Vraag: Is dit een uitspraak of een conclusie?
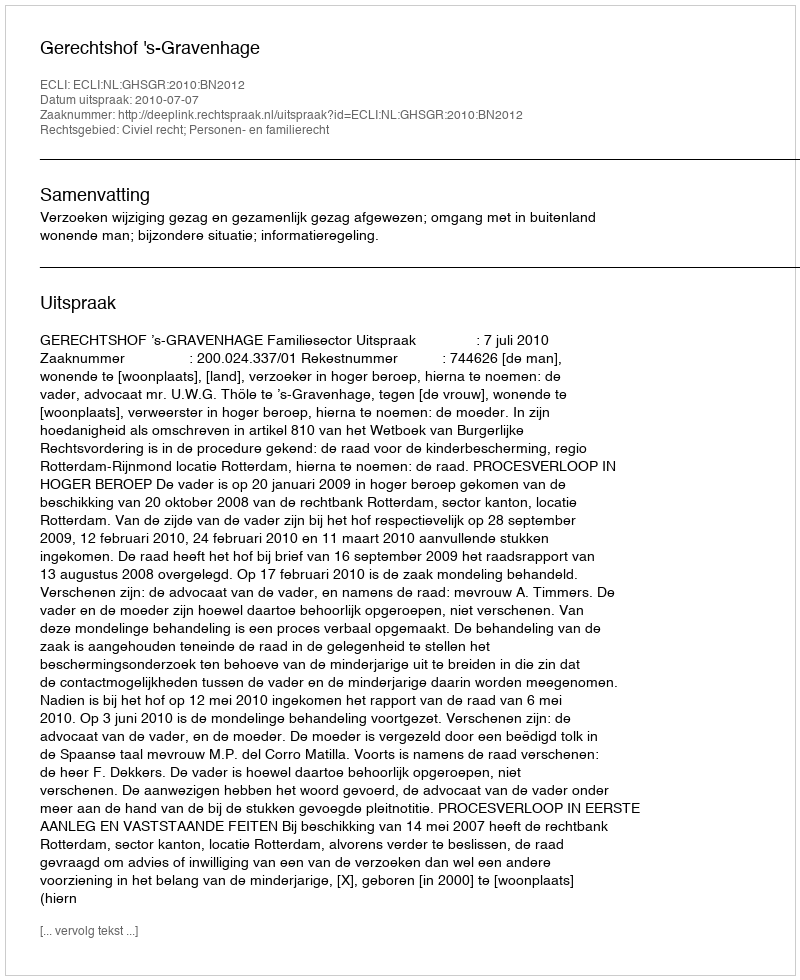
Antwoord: Uitspraak